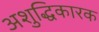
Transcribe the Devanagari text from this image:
अशुद्धिकारक